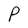
Character: P